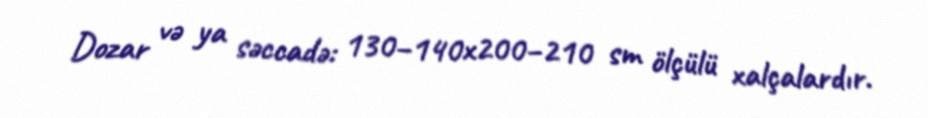
Dozar və ya səccadə: 130–140x200–210 sm ölçülü xalçalardır.